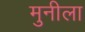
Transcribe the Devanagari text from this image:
मुनीला